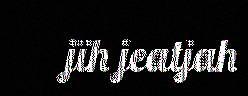
jïh jeatjah